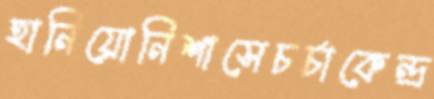
হানিয়োনিশাসেচর্চাকেন্দ্র